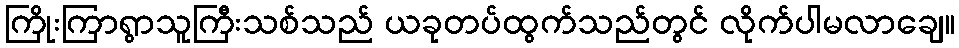
ကြိုးကြာရွာသူကြီးသစ်သည် ယခုတပ်ထွက်သည်တွင် လိုက်ပါမလာချေ။